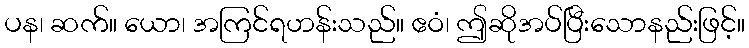
ပန၊ ဆက်။ ယော၊ အကြင်ရဟန်းသည်။ ဧဝံ၊ ဤဆိုအပ်ပြီးသောနည်းဖြင့်။